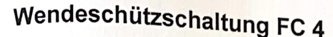
Text: Wendeschützschaltung FC 4